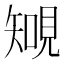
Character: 𧡐